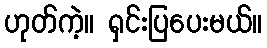
ဟုတ်ကဲ့။ ရှင်းပြပေးမယ်။